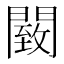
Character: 䦯